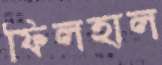
ফিলহাল